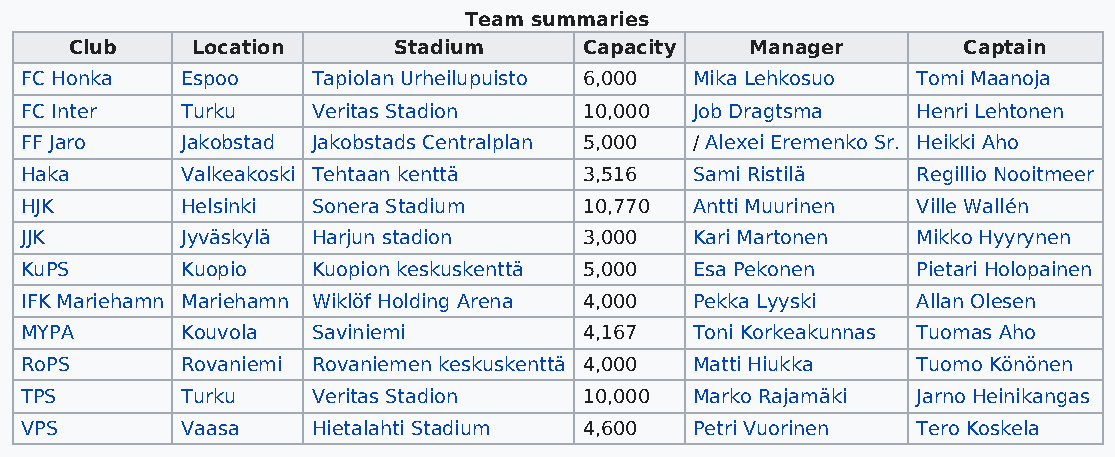
Team summaries
 Club    Location     Stadium      Capacity   Manager       Captain
 FC Honka   Espoo    Tapiolan Urheilupuisto 6,000 Mika Lehkosuo Tomi Maanoja
 FC Inter   Turku    Veritas Stadion   10,000 Job Dragtsma   Henri Lehtonen
 FF Jaro    Jakobstad Jakobstads Centralplan 5,000 / Alexei Eremenko Sr. Heikki Aho
 Haka       Valkeakoski Tehtaan kenttä 3,516  Sami Ristilä   Regillio Nooitmeer
 HJK        Helsinki Sonera Stadium    10,770 Antti Muurinen Ville Wallén
 JJK        Jyväskylä Harjun stadion   3,000  Kari Martonen  Mikko Hyyrynen
 KuPS       Kuopio   Kuopion keskuskenttä 5,000 Esa Pekonen  Pietari Holopainen
 IFK Mariehamn Mariehamn Wiklöf Holding Arena 4,000 Pekka Lyyski Allan Olesen
 MYPA       Kouvola  Saviniemi         4,167  Toni Korkeakunnas Tuomas Aho
 RoPS       Rovaniemi Rovaniemen keskuskenttä 4,000 Matti Hiukka Tuomo Könönen
 TPS        Turku    Veritas Stadion   10,000 Marko Rajamäki Jarno Heinikangas
 VPS        Vaasa    Hietalahti Stadium 4,600 Petri Vuorinen Tero Koskela